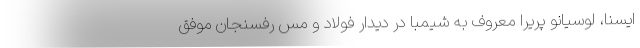
ایسنا، لوسیانو پریرا معروف به شیمبا در دیدار فولاد و مس رفسنجان موفق